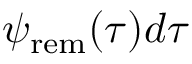
\psi _ { \mathrm { r e m } } ( \tau ) d \tau